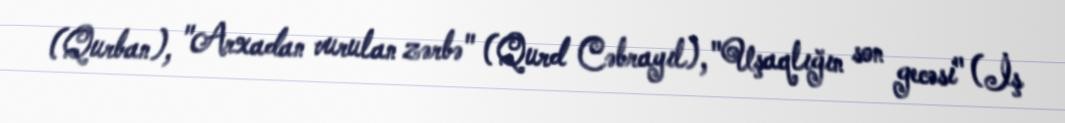
(Qurban), "Arxadan vurulan zərbə" (Qurd Cəbrayıl), "Uşaqlığın son gecəsi" (İş